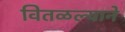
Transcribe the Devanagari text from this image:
वितळल्याने